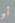
أو